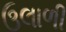
ઉલાળી